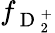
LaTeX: f_{\mathrm{~D~}_{2}^{+}}